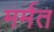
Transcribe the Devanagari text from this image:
मर्मत